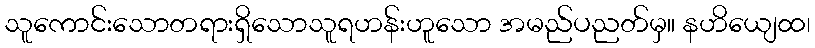
သူကောင်းသောတရားရှိသောသူရဟန်းဟူသော အမည်ပညတ်မှ။ နဟိယျေထ၊